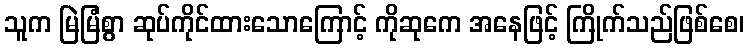
သူက မြဲမြံစွာ ဆုပ်ကိုင်ထားသောကြောင့် ကိုဆုကေ အနေဖြင့် ကြိုက်သည်ဖြစ်စေ၊